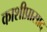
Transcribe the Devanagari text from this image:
काशीप्रासाद